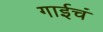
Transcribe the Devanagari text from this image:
गाईचं